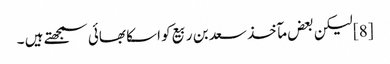
[8] لیکن بعض مآخذ سعد بن ربیع کو اسکا بھائی سمجھتے ہیں ۔